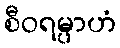
စီဝရမ္ပာဟံ